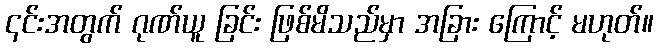
၎င်းအတွက် ဂုဏ်ယူ ခြင်း ဖြစ်မိသည်မှာ အခြား ကြောင့် မဟုတ်။